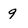
Character: 9